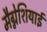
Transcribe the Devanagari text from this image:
मैग्नेशियाई